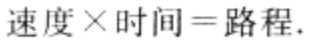
速度×时间=路程.